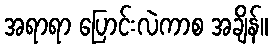
အရာရာ ပြောင်းလဲကာစ အချိန်။